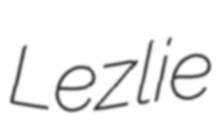
Lezlie